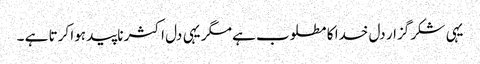
یہی شکر گزار دل خدا کا مطلوب ہے مگر یہی دل اکثر ناپید ہوا کرتا ہے ۔